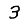
Digit: 3